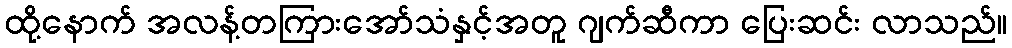
ထို့နောက် အလန့်တကြားအော်သံနှင့်အတူ ဂျက်ဆီကာ ပြေးဆင်း လာသည်။